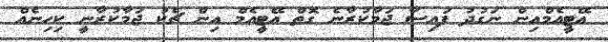
އޭޓީއެމްއިން ނަގުދު ފައިސާ ޖަމާކުރާނެ ގޮތް އޭޓީއެމް އިން ޗެކު ޖަމާކުރާނީ ކިހިނެއް